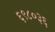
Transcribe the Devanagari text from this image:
६९८०३६